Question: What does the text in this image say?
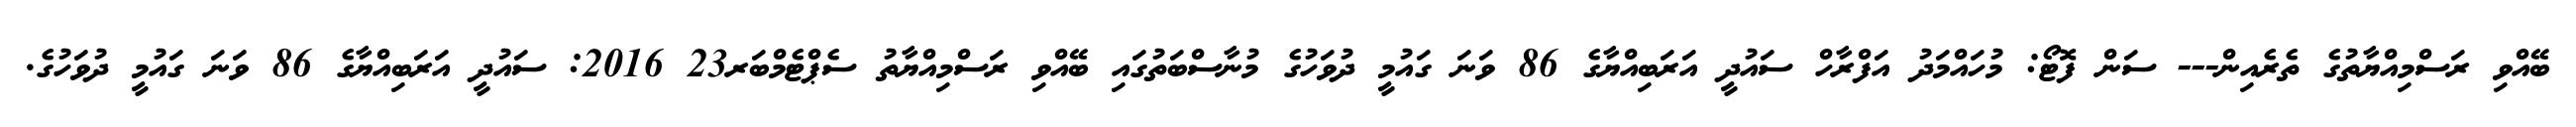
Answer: ބޭއްވި ރަސްމިއްޔާތުގެ ތެރެއިން--- ސަން ފޮޓޯ: މުހައްމަދު އަފްރާހް ސައުދީ އަރަބިއްޔާގެ 86 ވަނަ ގައުމީ ދުވަހުގެ މުނާސްބަތުގައި ބޭއްވި ރަސްމިއްޔާތު ސެޕްޓެމްބަރ23 2016: ސައުދީ އަރަބިއްޔާގެ 86 ވަނަ ގައުމީ ދުވަހުގެ.